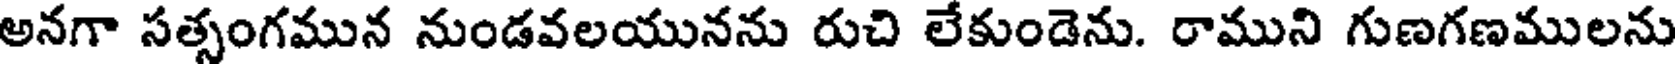
అనగా సత్సంగమున నుండవలయునను రుచి లేకుండెను. రాముని గుణగణములను